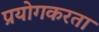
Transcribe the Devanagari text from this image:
प्रयोगकरता